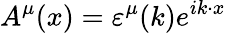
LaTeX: A^{\mu}(x)=\varepsilon^{\mu}(k)e^{ik\cdot x}